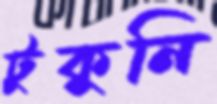
টুকুনি